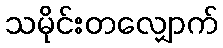
သမိုင်းတလျှောက်